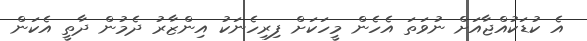
އެ ކުޑަކުއްޖާއަށް ނުވަތަ އެހެން މީހަކަށް ފިރިހެނަކު އިންޒާރު ދެމުން ދާތީ އެކަން